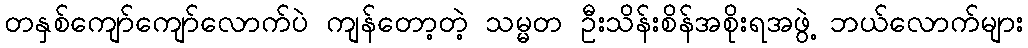
တနှစ်ကျော်ကျော်လောက်ပဲ ကျန်တော့တဲ့ သမ္မတ ဦးသိန်းစိန်အစိုးရအဖွဲ့ ဘယ်လောက်များ